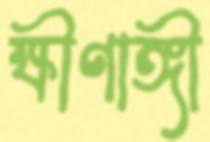
ক্ষীণাঙ্গী